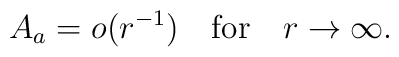
A_a = o(r^{-1} ) \quad \mbox{for}\quad  r \to  \infty.